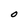
Character: O